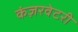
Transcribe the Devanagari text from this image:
कंज़रवेटरी